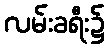
လမ်းခရီး၌